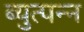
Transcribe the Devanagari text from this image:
ब्युत्पन्न